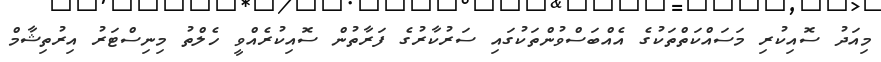
މިއަދު ސޮއިކުރި މަސައްކަތްތަކުގެ އެއްބަސްވުންތަކުގައި ސަރުކާރުގެ ފަރާތުން ސޮއިކުރެއްވީ ހެލްތު މިނިސްޓަރު އިރުތިޝާމް